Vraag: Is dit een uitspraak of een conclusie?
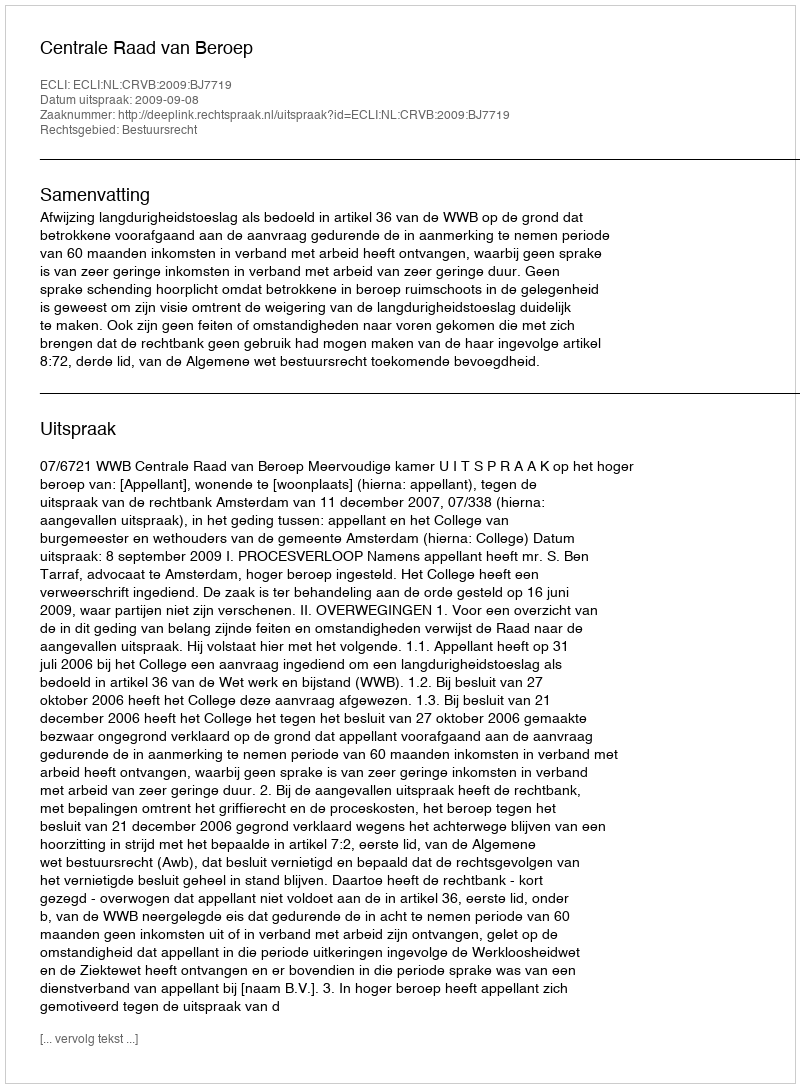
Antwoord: Uitspraak